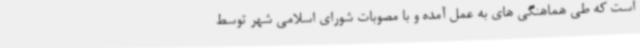
است که طی هماهنگی های به عمل آمده و با مصوبات شورای اسلامی شهر توسط